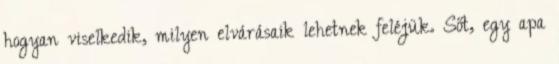
hogyan viselkedik, milyen elvárásaik lehetnek feléjük. Sőt, egy apa